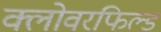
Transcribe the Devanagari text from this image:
क्लोवरफिल्ड